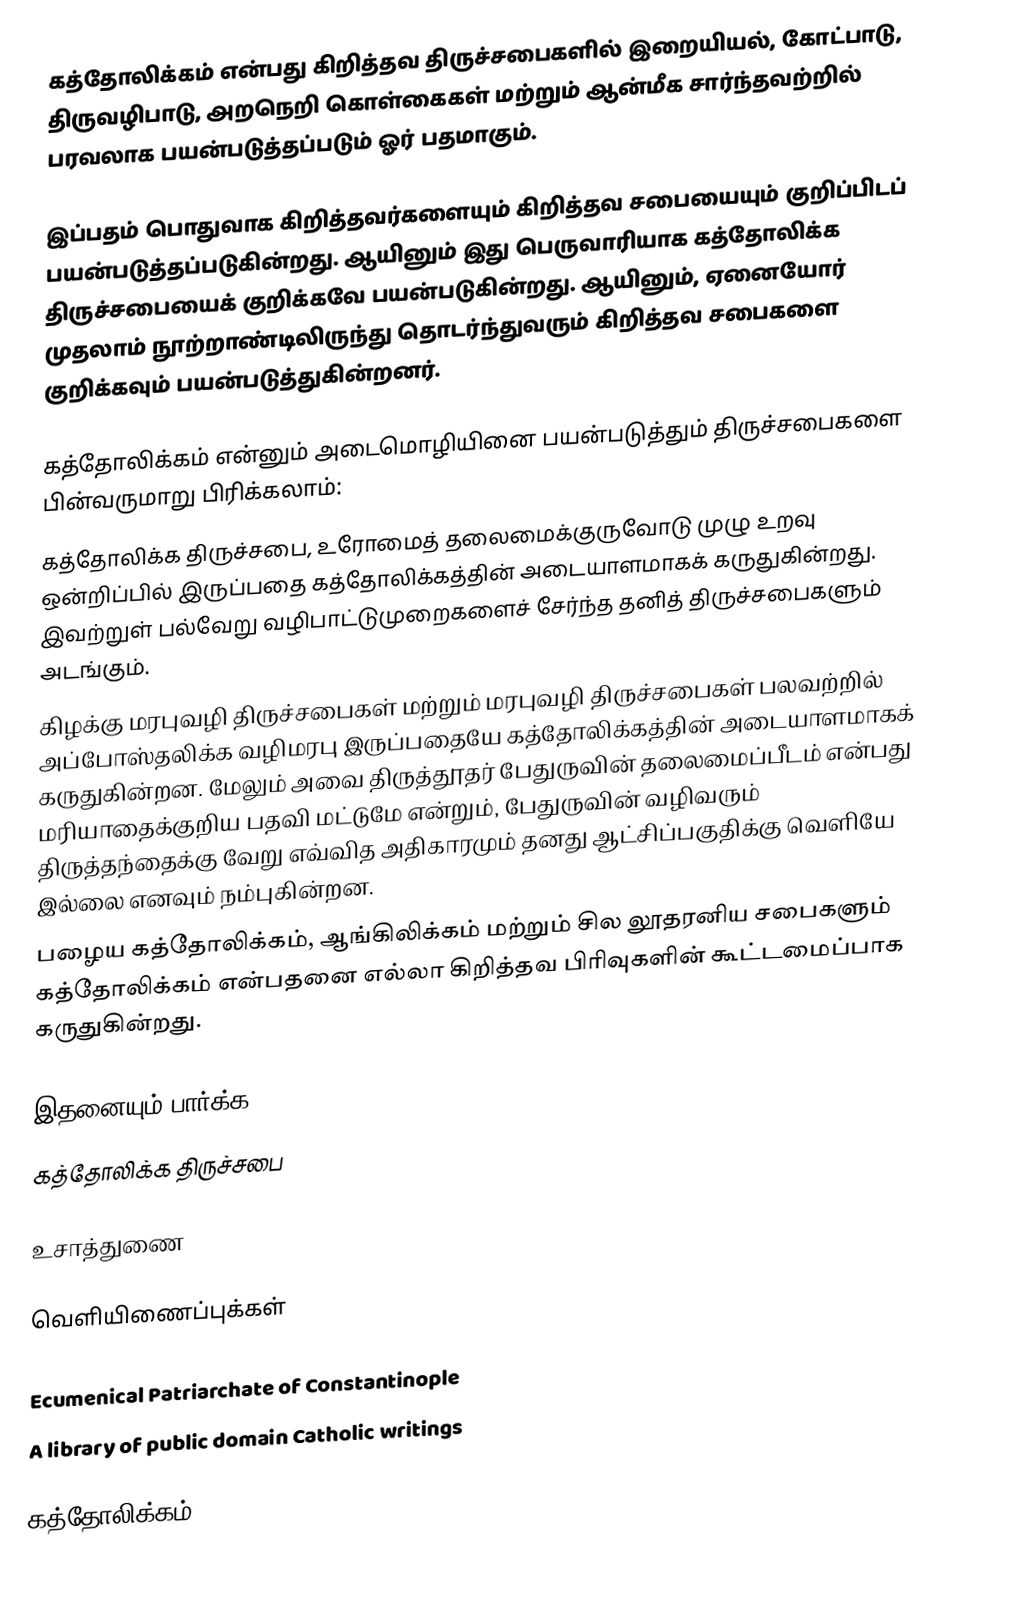
கத்தோலிக்கம் என்பது கிறித்தவ திருச்சபைகளில் இறையியல், கோட்பாடு, திருவழிபாடு, அறநெறி கொள்கைகள் மற்றும் ஆன்மீக சார்ந்தவற்றில் பரவலாக பயன்படுத்தப்படும் ஓர் பதமாகும்.

இப்பதம் பொதுவாக கிறித்தவர்களையும் கிறித்தவ சபையையும் குறிப்பிடப் பயன்படுத்தப்படுகின்றது. ஆயினும் இது பெருவாரியாக கத்தோலிக்க திருச்சபையைக் குறிக்கவே பயன்படுகின்றது. ஆயினும், ஏனையோர் முதலாம் நூற்றாண்டிலிருந்து தொடர்ந்துவரும் கிறித்தவ சபைகளை குறிக்கவும் பயன்படுத்துகின்றனர்.

கத்தோலிக்கம் என்னும் அடைமொழியினை பயன்படுத்தும் திருச்சபைகளை பின்வருமாறு பிரிக்கலாம்:
 கத்தோலிக்க திருச்சபை, உரோமைத் தலைமைக்குருவோடு முழு உறவு ஒன்றிப்பில் இருப்பதை கத்தோலிக்கத்தின் அடையாளமாகக் கருதுகின்றது. இவற்றுள் பல்வேறு வழிபாட்டுமுறைகளைச் சேர்ந்த தனித் திருச்சபைகளும் அடங்கும்.
 கிழக்கு மரபுவழி திருச்சபைகள் மற்றும் மரபுவழி திருச்சபைகள் பலவற்றில் அப்போஸ்தலிக்க வழிமரபு இருப்பதையே  கத்தோலிக்கத்தின் அடையாளமாகக் கருதுகின்றன. மேலும் அவை திருத்தூதர் பேதுருவின் தலைமைப்பீடம் என்பது மரியாதைக்குறிய பதவி மட்டுமே என்றும், பேதுருவின் வழிவரும் திருத்தந்தைக்கு வேறு எவ்வித அதிகாரமும் தனது ஆட்சிப்பகுதிக்கு வெளியே இல்லை எனவும் நம்புகின்றன.
 பழைய கத்தோலிக்கம், ஆங்கிலிக்கம் மற்றும் சில லூதரனிய சபைகளும் கத்தோலிக்கம் என்பதனை எல்லா கிறித்தவ பிரிவுகளின் கூட்டமைப்பாக கருதுகின்றது.

இதனையும் பார்க்க
கத்தோலிக்க திருச்சபை

உசாத்துணை

வெளியிணைப்புக்கள்

 Ecumenical Patriarchate of Constantinople
 A library of public domain Catholic writings

கத்தோலிக்கம்